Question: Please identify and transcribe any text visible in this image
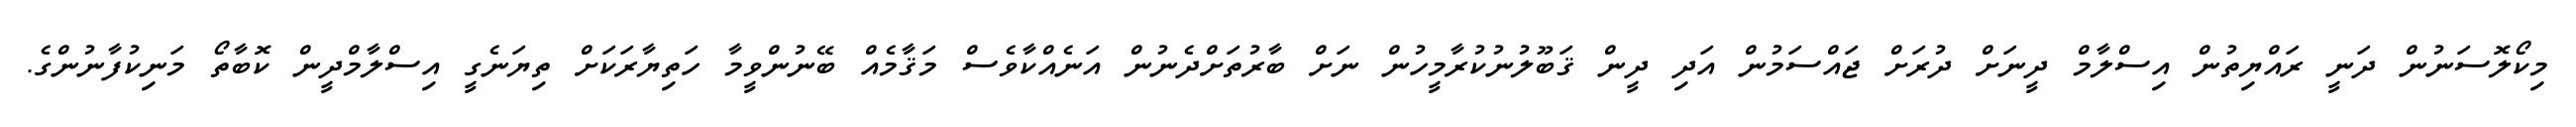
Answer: މިކޯލޮސަނުން ދަނީ ރައްޔިތުން އިސްލާމް ދީނަށް ދުރަށް ޖައްސަމުން އަދި ދީން ޤަބޫލުނުކުރާމީހުން ނަށް ބާރުތަށްދެނުން އަނެއްކާވެސް މަޤާމެއް ބޭނުންވީމާ ހަތިޔާރަކަށް ތިޔަނެގީ އިސްލާމްދީން ކޮބާތޯ މަނިކުފާނުންގެ.